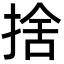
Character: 捨